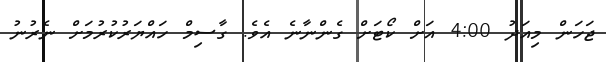
ޖަހަން މިއަދު 4:00 އަށް ކޯޓަށް ގެންނާނެ އެވެ. ގާސިމް ހައްޔަރުކުރުމަށް ނެރުނު